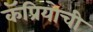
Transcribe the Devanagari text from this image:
कॅप्रियोची